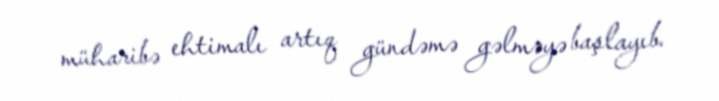
müharibə ehtimalı artıq gündəmə gəlməyə başlayıb.